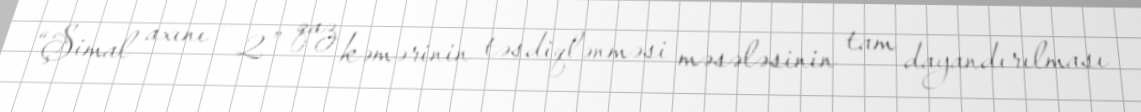
“Şimal axını – 2” qaz kəmərinin təsdiqlənməsi məsələsinin tam dayandırılması